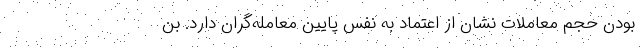
بودن حجم معاملات نشان از اعتماد به نفس پایین معامله‌گران دارد. بن